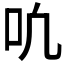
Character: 𫩓